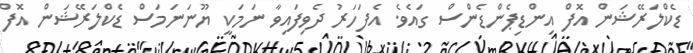
ޑެކްލަރޭޝަން އޮފް އިންޑިޕެންޑެންސް ގައެވެ. އެފަހަރު ދެވިފައިވާ ނަމަކީ ޔޫނަނަމަސް ޑެކްލަރޭޝަން އޮފް